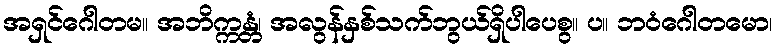
အရှင်ဂေါတမ။ အဘိက္ကန္တံ၊ အလွန်နှစ်သက်ဘွယ်ရှိပါပေစွ။ ပ။ ဘဝံဂေါတမော၊